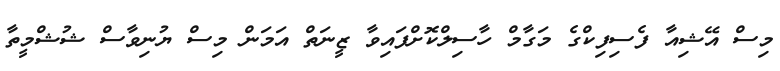
މިސް އޭޝިއާ ފެސިފިކްގެ މަގާމް ހާސިލްކޮށްފައިވާ ޒީނަތް އަމަން މިސް ޔުނިވާސް ޝުޝްމީތާ